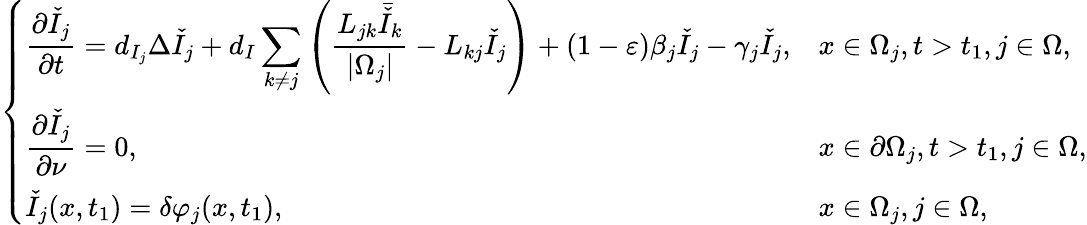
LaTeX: \left\{ \begin{array}{ll}{\displaystyle\frac{\partial\check{I}_{j}}{\partial t}=d_{I_{j}}\Delta\check{I}_{j}+d_{I}\sum_{k\neq j}\left(\frac{L_{jk}{\bar{\check{I}}}_{k}}{|\Omega_{j}|}-L_{kj}\check{I}_{j}\right)+(1-\varepsilon)\beta_{j}\check{I}_{j}-\gamma_{j}\check{I}_{j},}&{x\in\Omega_{j},t>t_{1},j\in\Omega,}\\ {\displaystyle\frac{\partial\check{I}_{j}}{\partial\nu}=0,}&{x\in\partial\Omega_{j},t>t_{1},j\in\Omega,}\\ {\displaystyle\check{I}_{j}(x,t_{1})=\delta\varphi_{j}(x,t_{1}),}&{x\in\Omega_{j},j\in\Omega,}\end{array}\right.